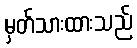
မှတ်သားထားသည်